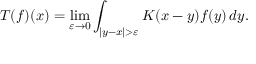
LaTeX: T ( f ) ( x ) = \operatorname* { l i m } _ { \varepsilon \to 0 } \int _ { | y - x | > \varepsilon } K ( x - y ) f ( y ) \, d y .